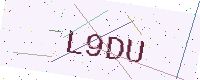
Text: L9DU